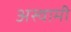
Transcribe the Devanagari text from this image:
अस्वामी